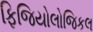
ફિજિયોલોજિકલ